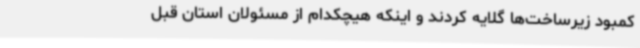
کمبود زیرساخت‌ها گلایه کردند و اینکه هیچکدام از مسئولان استان قبل